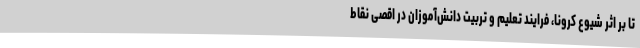
تا بر اثر شیوع کرونا، فرایند تعلیم و تربیت دانش‌آموزان در اقصی نقاط